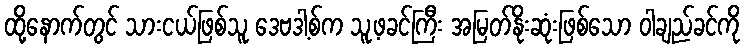
ထို့နောက်တွင် သားငယ်ဖြစ်သူ ဒေဗဒါ့စ်က သူ့ဖခင်ကြီး အမြတ်နိုးဆုံးဖြစ်သော ဝါချည်ခင်ကို